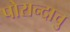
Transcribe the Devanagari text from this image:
पोरान्दाचु